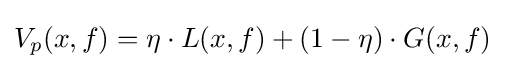
V_{p}(x,f)=\eta \cdot L(x,f)+(1-\eta )\cdot G(x,f)